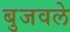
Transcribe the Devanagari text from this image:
बुजवले